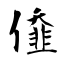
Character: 𠎷